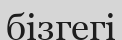
бізгегі